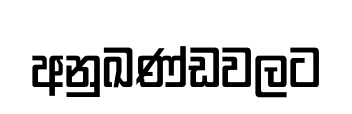
අනුඛණ්ඩවලට